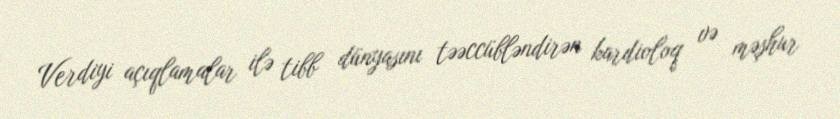
Verdiyi açıqlamalar ilə tibb dünyasını təəccübləndirən kardioloq və məşhur